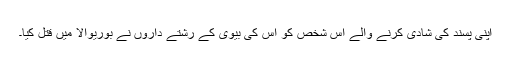
اپنی پسند کی شادی کرنے والے اس شخص کو اس کی بیوی کے رشتے داروں نے بوریوالا میں قتل کیا۔